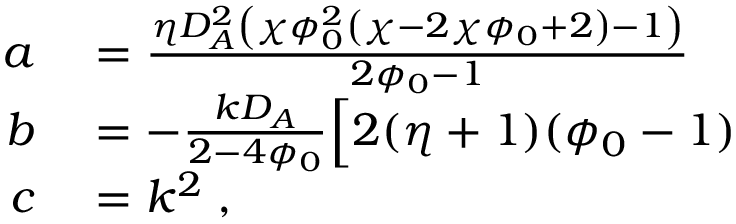
\begin{array} { r l } { a } & { { } = \frac { \eta D _ { A } ^ { 2 } \left( \chi \phi _ { 0 } ^ { 2 } \left( \chi - 2 \chi \phi _ { 0 } + 2 \right) - 1 \right) } { 2 \phi _ { 0 } - 1 } } \\ { b } & { { } = - \frac { k D _ { A } } { 2 - 4 \phi _ { 0 } } \Bigl [ 2 ( \eta + 1 ) ( \phi _ { 0 } - 1 ) } \\ { c } & { { } = k ^ { 2 } \; , } \end{array}